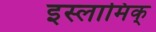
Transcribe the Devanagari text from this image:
इस्लामिक्